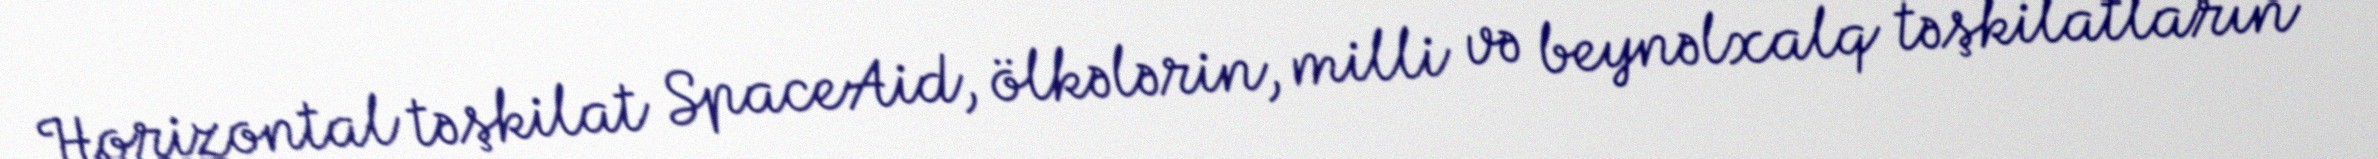
Horizontal təşkilat SpaceAid, ölkələrin, milli və beynəlxalq təşkilatların